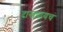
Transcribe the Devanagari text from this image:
दाखवायचं